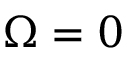
\Omega = 0